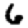
Digit: 6